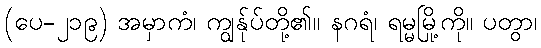
(ပေ-၂၁၉) အမှာကံ၊ ကျွန်ုပ်တို့၏။ နဂရံ၊ ရမ္မမြို့ကို။ ပတွာ၊